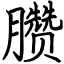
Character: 臜